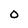
Character: O